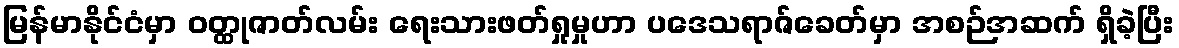
မြန်မာနိုင်ငံမှာ ဝတ္ထုဇာတ်လမ်း ရေးသားဖတ်ရှုမှုဟာ ပဒေသရာဇ်ခေတ်မှာ အစဉ်အဆက် ရှိခဲ့ပြီး